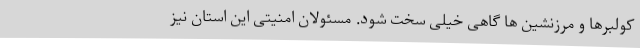
کولبرها و مرزنشین ها گاهی خیلی سخت شود. مسئولان امنیتی این استان نیز